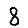
Digit: 8